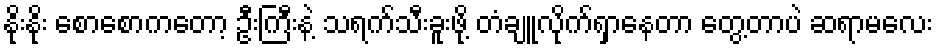
နိုးနိုး စောစောကတော့ ဦးကြီးနဲ့ သရက်သီးခူးဖို့ တံချူလိုက်ရှာနေတာ တွေ့တာပဲ ဆရာမလေး